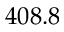
4 0 8 . 8